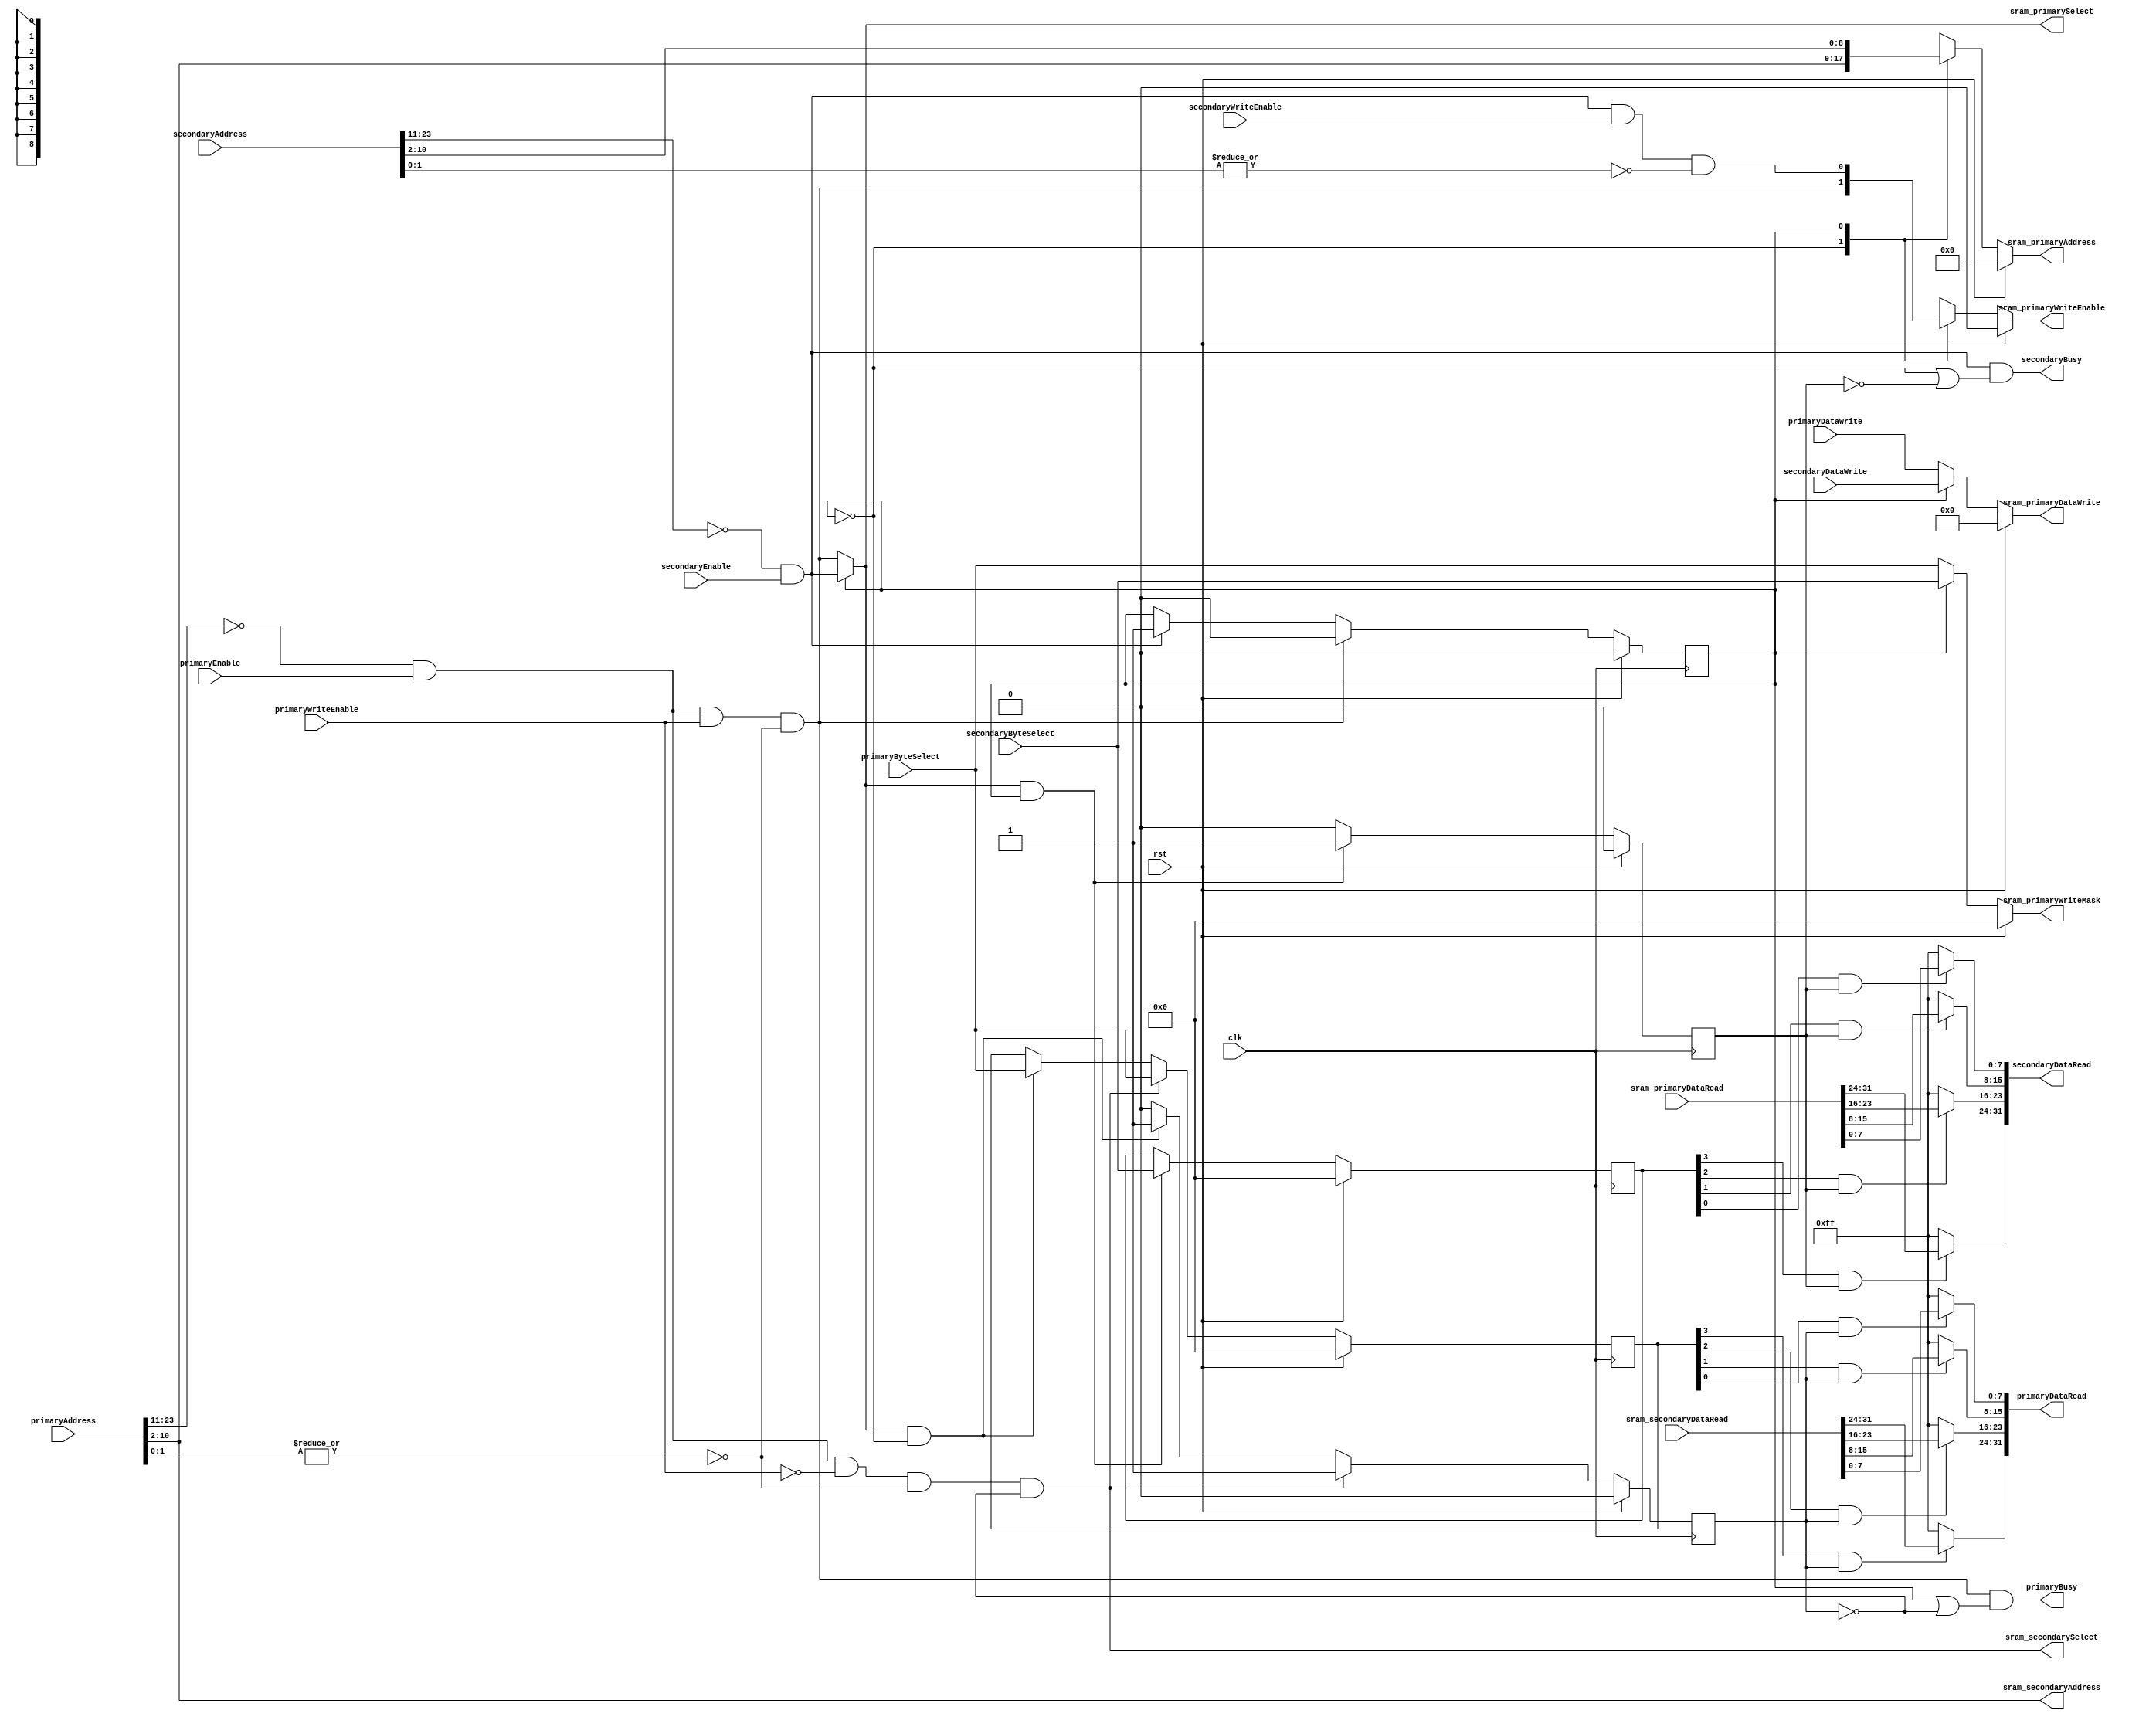
module LocalMemoryInterface_RW_R #(
		parameter ADDRESS_SIZE = 24,
		parameter SRAM_ADDRESS_SIZE = 9
	)(
		input wire clk,
		input wire rst,

		// Primary interface
		input wire[ADDRESS_SIZE-1:0] primaryAddress,
		input wire[3:0] primaryByteSelect,
		input wire primaryEnable,
		input wire primaryWriteEnable,
		input wire[31:0] primaryDataWrite,
		output wire[31:0] primaryDataRead,
		output wire primaryBusy,

		// Secondary interface
		input wire[ADDRESS_SIZE-1:0] secondaryAddress,
		input wire[3:0] secondaryByteSelect,
		input wire secondaryEnable,
		input wire secondaryWriteEnable,
		input wire[31:0] secondaryDataWrite,
		output wire[31:0] secondaryDataRead,
		output wire secondaryBusy,

		// SRAM primary RW port
		output wire sram_primarySelect,
		output wire sram_primaryWriteEnable,
		output wire[SRAM_ADDRESS_SIZE-1:0] sram_primaryAddress,
		output reg[3:0] sram_primaryWriteMask,
		output reg[31:0] sram_primaryDataWrite,
		input wire[31:0] sram_primaryDataRead,

		// SRAM secondary R port
		output wire sram_secondarySelect,
		output wire[SRAM_ADDRESS_SIZE-1:0] sram_secondaryAddress,
		input wire[31:0] sram_secondaryDataRead
	);

	localparam PRIMARY = 1'b0;
	localparam SECONDARY = 1'b1;

	// Primary enable pins
	wire primarySRAMEnable;
	wire primarySRAMWriteEnable = primarySRAMEnable && primaryWriteEnable && ~|primaryAddress[1:0];
	wire primarySRAMReadEnable = primarySRAMEnable && !primaryWriteEnable && ~|primaryAddress[1:0];

	// Secondary enable pins
	wire secondarySRAMEnable;
	wire secondarySRAMWriteEnable = secondarySRAMEnable && secondaryWriteEnable && ~|secondaryAddress[1:0];
	// wire secondarySRAMReadEnable = secondarySRAMEnable && !secondaryWriteEnable && ~|secondaryAddress[1:0];

	generate
		if (ADDRESS_SIZE <= SRAM_ADDRESS_SIZE+2) begin
			assign primarySRAMEnable = primaryEnable;
			assign secondarySRAMEnable = secondaryEnable;
		end else begin
			assign primarySRAMEnable = primaryAddress[ADDRESS_SIZE-1:SRAM_ADDRESS_SIZE+2] == 'b0 && primaryEnable;
			assign secondarySRAMEnable = secondaryAddress[ADDRESS_SIZE-1:SRAM_ADDRESS_SIZE+2] == 'b0 && secondaryEnable;
		end
	endgenerate

	// Generate SRAM control signals
	// Primary can always read from read only port
	// Primary can always write to read/write port
	// Wishbone can read/write to read/write port, but only if primary is not writing to it
	wire[31:0] rwPortReadData;
	wire[31:0] rPortReadData;

	// Action complete control
	wire rActionDone;
	wire rwActionDone;
	reg primaryActionDone = 1'b0;
	reg[3:0] lastPrimaryByteSelect = 4'b0;
	always @(posedge clk) begin
		if (rst) begin
			primaryActionDone <= 1'b0;
			lastPrimaryByteSelect <= 4'b0;
		end	else if (rActionDone) begin
			primaryActionDone <= 1'b1;
			lastPrimaryByteSelect <= primaryByteSelect;
		end	else if (rwActionDone && (wrController == PRIMARY)) begin
			primaryActionDone <= 1'b1;
			lastPrimaryByteSelect <= primaryByteSelect;
		end else begin
			primaryActionDone <= 1'b0;
		end
	end

	reg secondaryActionDone = 1'b0;
	reg[3:0] lastSecondaryByteSelect = 4'b0;
	always @(posedge clk) begin
		if (rst) begin
			secondaryActionDone <= 1'b0;
			lastSecondaryByteSelect <= 4'b0;
		end else if (rwActionDone && (wrController == SECONDARY)) begin
			secondaryActionDone <= 1'b1;
			lastSecondaryByteSelect <= secondaryByteSelect;
		end else if (secondaryActionDone) begin
			secondaryActionDone <= 1'b0;
		end
	end

	// WR controller select
	reg wrController = 1'b0;
	always @(negedge clk) begin
		if (rst) begin
			wrController <= 1'b0;
		end else begin
			if (rwActionDone || !rwPortEnable) begin
				if (primarySRAMWriteEnable) begin
					wrController <= PRIMARY;
				end else if (secondarySRAMEnable) begin
					wrController <= SECONDARY;
				end
			end
		end
	end

	// Busy signals
	assign primaryBusy = primarySRAMWriteEnable && (wrController != PRIMARY || !primaryActionDone);
	assign secondaryBusy = secondarySRAMEnable && (wrController != SECONDARY || !secondaryActionDone);

	// Read/Write port
	wire rwPortEnable = wrController ? secondarySRAMEnable : primarySRAMWriteEnable;
	reg rwWriteEnable;
	reg[SRAM_ADDRESS_SIZE-1:0] rwAddress;
	always @(*) begin
		if (rst) begin
			rwWriteEnable = 1'b0;
			rwAddress = 'b0;
		end else begin
			case (wrController)
			PRIMARY: begin
				rwWriteEnable = primarySRAMWriteEnable;
				rwAddress = primaryAddress[SRAM_ADDRESS_SIZE+1:2];
			end

			SECONDARY: begin
				rwWriteEnable = secondarySRAMWriteEnable;
				rwAddress = secondaryAddress[SRAM_ADDRESS_SIZE+1:2];
			end
			endcase
		end
	end

	assign secondaryDataRead = {
		lastSecondaryByteSelect[3] && secondaryActionDone ? rwPortReadData[31:24] : ~8'h00,
		lastSecondaryByteSelect[2] && secondaryActionDone ? rwPortReadData[23:16] : ~8'h00,
		lastSecondaryByteSelect[1] && secondaryActionDone ? rwPortReadData[15:8]  : ~8'h00,
		lastSecondaryByteSelect[0] && secondaryActionDone ? rwPortReadData[7:0]   : ~8'h00
	};

	// Read port
	wire rPortEnable = primarySRAMReadEnable && !primaryActionDone;
	wire[SRAM_ADDRESS_SIZE-1:0] rAddress = primaryAddress[SRAM_ADDRESS_SIZE+1:2];

	assign primaryDataRead = {
		lastPrimaryByteSelect[3] && primaryActionDone ? rPortReadData[31:24] : ~8'h00,
		lastPrimaryByteSelect[2] && primaryActionDone ? rPortReadData[23:16] : ~8'h00,
		lastPrimaryByteSelect[1] && primaryActionDone ? rPortReadData[15:8]  : ~8'h00,
		lastPrimaryByteSelect[0] && primaryActionDone ? rPortReadData[7:0]   : ~8'h00
	};

	// Shared write signals
	always @(*) begin
		if (rst) begin
			sram_primaryWriteMask = 4'b0;
			sram_primaryDataWrite = 32'b0;
		end else begin
			if (wrController == PRIMARY) begin
				sram_primaryWriteMask = primaryByteSelect;
				sram_primaryDataWrite = primaryDataWrite;
			end else if (wrController == SECONDARY) begin
				sram_primaryWriteMask = secondaryByteSelect;
				sram_primaryDataWrite = secondaryDataWrite;
			end else begin
				sram_primaryWriteMask = 4'b0;
				sram_primaryDataWrite = 32'b0;
			end
		end
	end

	// SRAM primary control signals
	assign sram_primarySelect = rwPortEnable;
	assign sram_primaryWriteEnable = rwWriteEnable;
	assign sram_primaryAddress = rwAddress;

	// SRAM secondary control signals
	assign sram_secondarySelect = rPortEnable;
	assign sram_secondaryAddress = rAddress;

	// SRAM primary read data
	assign rwActionDone = rwPortEnable;
	assign rwPortReadData = sram_primaryDataRead;

	// SRAM secondary read data
	assign rActionDone = rPortEnable;
	assign rPortReadData = sram_secondaryDataRead;

endmodule